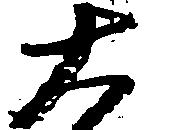
大